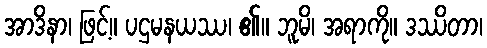
အာဒိနာ၊ ဖြင့်။ ပဌမနယဿ၊ ၏။ ဘူမိ၊ အရာကို။ ဒဿိတာ၊